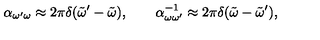
\alpha _ { \omega ^ { \prime } \omega } \approx 2 \pi \delta ( \tilde { \omega } ^ { \prime } - \tilde { \omega } ) , \qquad \alpha _ { \omega \omega ^ { \prime } } ^ { - 1 } \approx 2 \pi \delta ( \tilde { \omega } - \tilde { \omega } ^ { \prime } ) ,